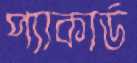
প্যাকার্ড